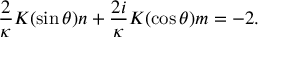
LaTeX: \frac { 2 } { \kappa } K ( \sin \theta ) n + \frac { 2 i } { \kappa } K ( \cos \theta ) m = - 2 .